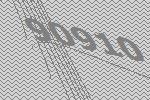
90910